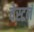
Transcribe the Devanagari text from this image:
वेस्टनं